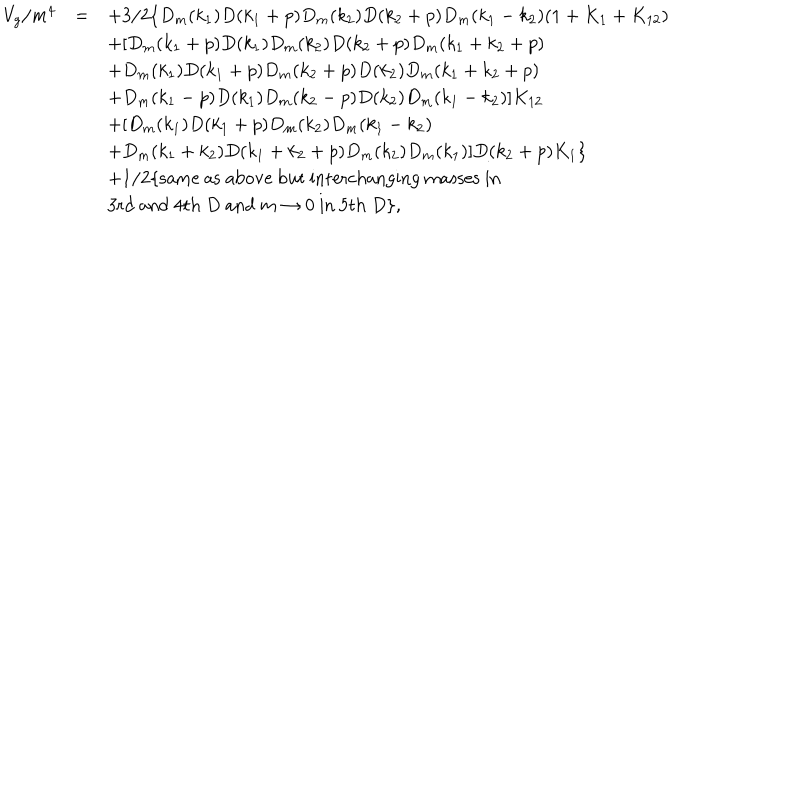
LaTeX: \begin{array} { r c l } { { V _ { g } / m ^ { 4 } } } & { { = } } & { { \displaystyle + 3 / 2 \{ D _ { m } ( k _ { 1 } ) D ( k _ { 1 } + p ) D _ { m } ( k _ { 2 } ) D ( k _ { 2 } + p ) D _ { m } ( k _ { 1 } - k _ { 2 } ) ( 1 + K _ { 1 } + K _ { 1 2 } ) } } \\ { { } } & { { } } & { { \displaystyle + [ D _ { m } ( k _ { 1 } + p ) D ( k _ { 1 } ) D _ { m } ( k _ { 2 } ) D ( k _ { 2 } + p ) D _ { m } ( k _ { 1 } + k _ { 2 } + p ) } } \\ { { } } & { { } } & { { \displaystyle + D _ { m } ( k _ { 1 } ) D ( k _ { 1 } + p ) D _ { m } ( k _ { 2 } + p ) D ( k _ { 2 } ) D _ { m } ( k _ { 1 } + k _ { 2 } + p ) } } \\ { { } } & { { } } & { { \displaystyle + D _ { m } ( k _ { 1 } - p ) D ( k _ { 1 } ) D _ { m } ( k _ { 2 } - p ) D ( k _ { 2 } ) D _ { m } ( k _ { 1 } - k _ { 2 } ) ] K _ { 1 2 } } } \\ { { } } & { { } } & { { \displaystyle + [ D _ { m } ( k _ { 1 } ) D ( k _ { 1 } + p ) D _ { m } ( k _ { 2 } ) D _ { m } ( k _ { 1 } - k _ { 2 } ) } } \\ { { } } & { { } } & { { \displaystyle + D _ { m } ( k _ { 1 } + k _ { 2 } ) D ( k _ { 1 } + k _ { 2 } + p ) D _ { m } ( k _ { 2 } ) D _ { m } ( k _ { 1 } ) ] D ( k _ { 2 } + p ) K _ { 1 } \} } } \\ { { } } & { { } } & { { \displaystyle + 1 / 2 \{ \mathrm { s a m e ~ a s ~ a b o v e ~ b u t ~ i n t e r c h a n g i n g ~ m a s s e s ~ i n ~ } } } \\ { { } } & { { } } & { { \displaystyle \mathrm { 3 r d ~ a n d ~ 4 t h ~ } D \mathrm { ~ a n d ~ } m \to 0 \mathrm { ~ i n ~ 5 t h ~ } D \} , } } \\ \end{array}